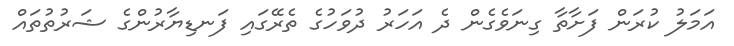
އަމަލު ކުރަން ފަށާތާ ގިނަވެގެން ދެ އަހަރު ދުވަހުގެ ތެރޭގައި ފަނޑިޔާރުންގެ ޝަރުތުތައް